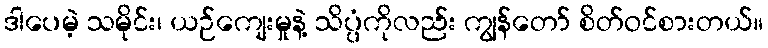
ဒါပေမဲ့ သမိုင်း၊ ယဉ်ကျေးမှုနဲ့ သိပ္ပံကိုလည်း ကျွန်တော် စိတ်ဝင်စားတယ်။